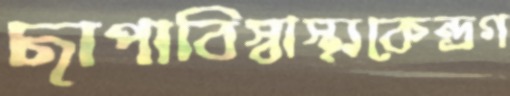
ছাপাবিস্বাস্থ্যকেন্দ্রগ